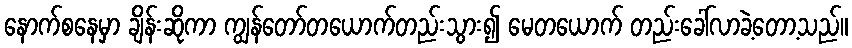
နောက်စနေမှာ ချိန်းဆိုကာ ကျွန်တော်တယောက်တည်းသွား၍ မေတယောက် တည်းခေါ်လာခဲ့တော့သည်။